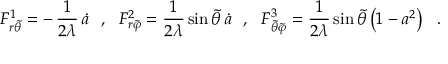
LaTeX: F _ { r { \tilde { \theta } } } ^ { 1 } = - \, \frac { 1 } { 2 \lambda } \, { \dot { a } } ~ ~ , ~ ~ F _ { r { \tilde { \varphi } } } ^ { 2 } = \frac { 1 } { 2 \lambda } \, { \sin { \widetilde { \theta } } \, { \dot { a } } } ~ ~ , ~ ~ F _ { { \tilde { \theta } } { \tilde { \varphi } } } ^ { 3 } = \frac { 1 } { 2 \lambda } \, { \sin { \widetilde { \theta } } } \left( 1 - a ^ { 2 } \right) ~ ~ .